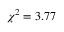
\chi ^ { 2 } = 3 . 7 7